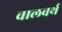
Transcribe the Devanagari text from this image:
वालवर्थ